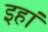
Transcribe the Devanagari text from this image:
इहां